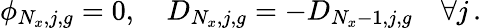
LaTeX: \phi_{N_{x},j,g}=0,\quad D_{N_{x},j,g}=-D_{N_{x}-1,j,g}\quad\forall j\, .